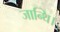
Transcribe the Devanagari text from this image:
जान्थि।